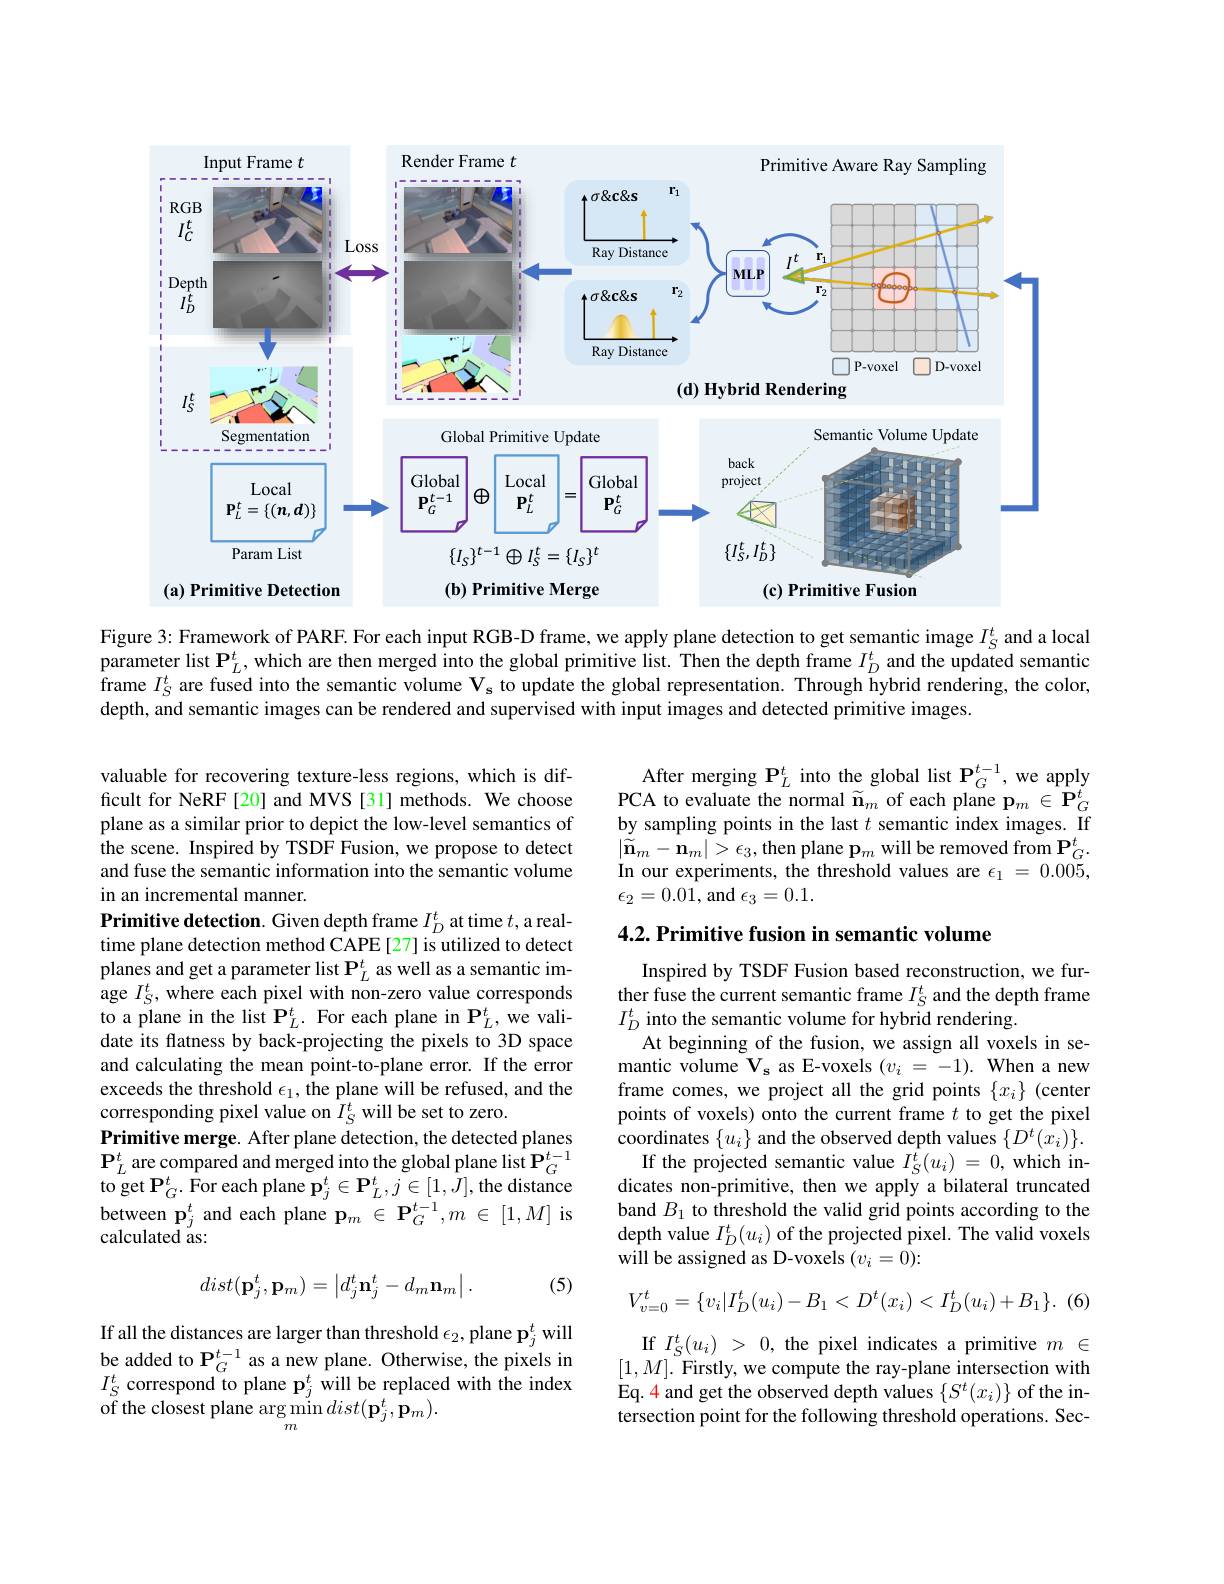
<FigureHere>

Figure 3: Framework of PARF. For each input RGB-D frame, we apply plane detection to get semantic image $I_{\mathrm{S}}^{t}$ and a local parameter list $\mathbf{P}_L^t$, which are then merged into the global primitive list. Then the depth frame $I_D^t$ and the updated semantic frame $I_S^t$ are fused into the semantic volume $\mathcal{V}_\mathrm{s}$ to update the global representation. Through hybrid rendering, the color, depth, and semantic images can be rendered and supervised with input images and detected primitive images.

$\begin{array}{c}\mathrm{After~merging~P}_{L}^{t}&\text{into the global list P}_{G}^{t-1},\text{we apply}\\\mathrm{PCA~to~evaluate~the~normal~}&\widetilde{\mathbf{n}}_{m}&\text{of each plane p}_{m}\in\mathbf{P}_{G}^{t}\end{array}$ by sampling points in the last $t$ semantic index images. If $\begin{array}{l}{\left|\tilde{\tilde{\mathbf{n}}}_{m}-\mathbf{n}_{m}\right|>\epsilon_{3},\mathrm{then~plane~p}_{m}\mathrm{will~be~removed~from~P}_{G}^{t}.}\\{\mathbf{r}_{m}}\end{array}$ In our experiments, the threshold values are $\epsilon_1=0.005$, $\epsilon_{2}=0.0\hat{1}$,and$\epsilon_3=0.1.$

## 4.2. Primitive fusion in semantic volume

valuable for recovering texture-less regions, which is difficult for NeRF[20] and MVS[31] methods. We choose plane as a similar prior to depict the low-level semantics of $\hat{\text{the scene. Inspired by TSDF Fusion, we propose to detect}}$ and fuse the semantic information into the semantic volume in an incremental manner.
Primitive detection. Given depth frame $I_D^t$ at time $t$,a realtime plane detection method CAPE [27] is utilized to detect planes and get a parameter list $\mathbf{P}_L^t$ as well as a semantic image $I_S^t$, where each pixel with non-zero value corresponds to a plane in the list $\mathbf{P}_L^t.$ For each plane in $\mathbf{P}_L^t$,we validate its flatness by back-projecting the pixels to 3D space and calculating the mean point-to-plane error. If the error exceeds the threshold $\epsilon_1$, the plane will be refused, and the corresponding pixel value on $\bar{I}_S^t$ will be set to zero.
Primitive merge. After plane detection, the detected planes $\mathbf{P}_{L}^{t}$ are compared and merged into the global plane list $\mathbf{P}_G^{t-1}$ ${\mathrm{to~get~P}_G^t.}{\mathrm{For~each~plane~p}_j^t\in\mathbf{P}_L^t,j\in[1,J],\mathrm{the~distance}}$ between $\mathbf{p}_{j}^{t}$ and each plane $\mathbf{p}_m\in\mathbf{P}_G^{t-1},m\in[1,M]$ is calculated as:

Inspired by TSDF Fusion based reconstruction, we further fuse the current semantic frame $I_S^t$ and the depth frame $I_D^t$ into the semantic volume for hybrid rendering.
At beginning of the fusion, we assign all voxels in semantic volume $\mathbf{V_s}$ as E-voxels $(v_i=-1).$ When a new frame comes, we project all the grid points $\{x_i\}$ (center points of voxels) onto the current frame $t$ to get the pixel coordinates $\{u_{i}\}$ and the observed depth values $\{D^{t}(x_{i})\}.$
If the projected semantic value $I_S^t(u_i)=0$, which indicates non-primitive, then we apply a bilateral truncated band $B_1$ to threshold the valid grid points according to the depth value $I_D^t(u_i)$ of the projected pixel. The valid voxels will be assigned as D-voxels $(v_{i}=0)$

(5)
$$dist(\mathbf{p}_j^t,\mathbf{p}_m)=\left|d_j^t\mathbf{n}_j^t-d_m\mathbf{n}_m\right|.$$
(6)
$$V_{v=0}^{t}=\{v_{i}|I_{D}^{t}(u_{i})-B_{1}<D^{t}(x_{i})<I_{D}^{t}(u_{i})+B_{1}\}.$$
If all the distances are larger than threshold $\epsilon_2$, plane p$_j^t$ will be added to $\mathbf{P}_G^{t-1}$ as a new plane. Otherwise, the pixels in $I_{S}^{t}$correspond to plane $\mathbf{p}_j^{t}$ will be replaced with the index of the closest plane arg min $dist(\mathbf{p}_{j}^{t},\mathbf{p}_{m}).$

If $I_S^t(u_i)~>~0,~$the pixel indicates a primitive $m~\in$ $[1,M].$ Firstly, we compute the ray-plane intersection with Eq. 4 and get the observed depth values $\{S^t(x_i)\}$ of the intersection point for the following threshold operations. Sec-